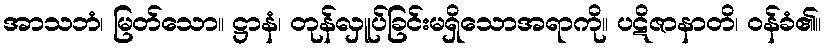
အာသဘံ၊ မြတ်သော။ ဋ္ဌာနံ၊ တုန်လှူပ်ခြင်းမရှိသောအရာကို။ ပဋိဇာနာတိ၊ ဝန်ခံ၏။